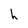
Character: h